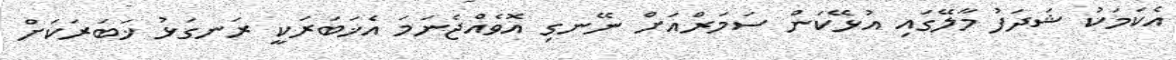
އެކަމަކު ޝަދަފު މާލޭގައި އުޅޭކަން ސަމަރްއަށް ނޭނގި އޮވެއްޖެނަމަ އެޚަބަރަކީ ރަނގަޅު ޚަބަރަކަށް